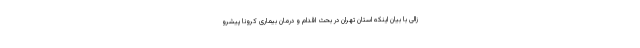
زالی با بیان اینکه استان تهران در بحث اقدام و درمان بیماری کرونا پیشرو